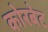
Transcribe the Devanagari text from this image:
कोरबेट